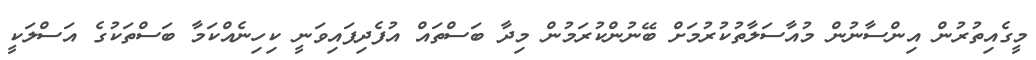
މީގެއިތުރުން އިންސާނުން މުއާސަލާތުކުރުމަށް ބޭނުންކުރަމުން މިދާ ބަސްތައް އުފެދިފައިވަނީ ކިހިނެއްކަމާ ބަސްތަކުގެ އަސްލަކީ